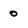
Character: 0